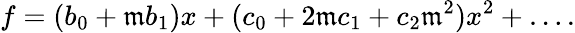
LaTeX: f=(b_{0}+\mathfrak{m}b_{1})x+(c_{0}+2\mathfrak{m}c_{1}+c_{2}\mathfrak{m}^{2})x^{2}+\dots.